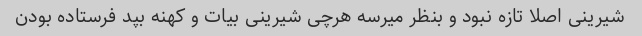
شیرینی اصلا تازه نبود و بنظر میرسه هرچی شیرینی بیات و کهنه بپد فرستاده بودن